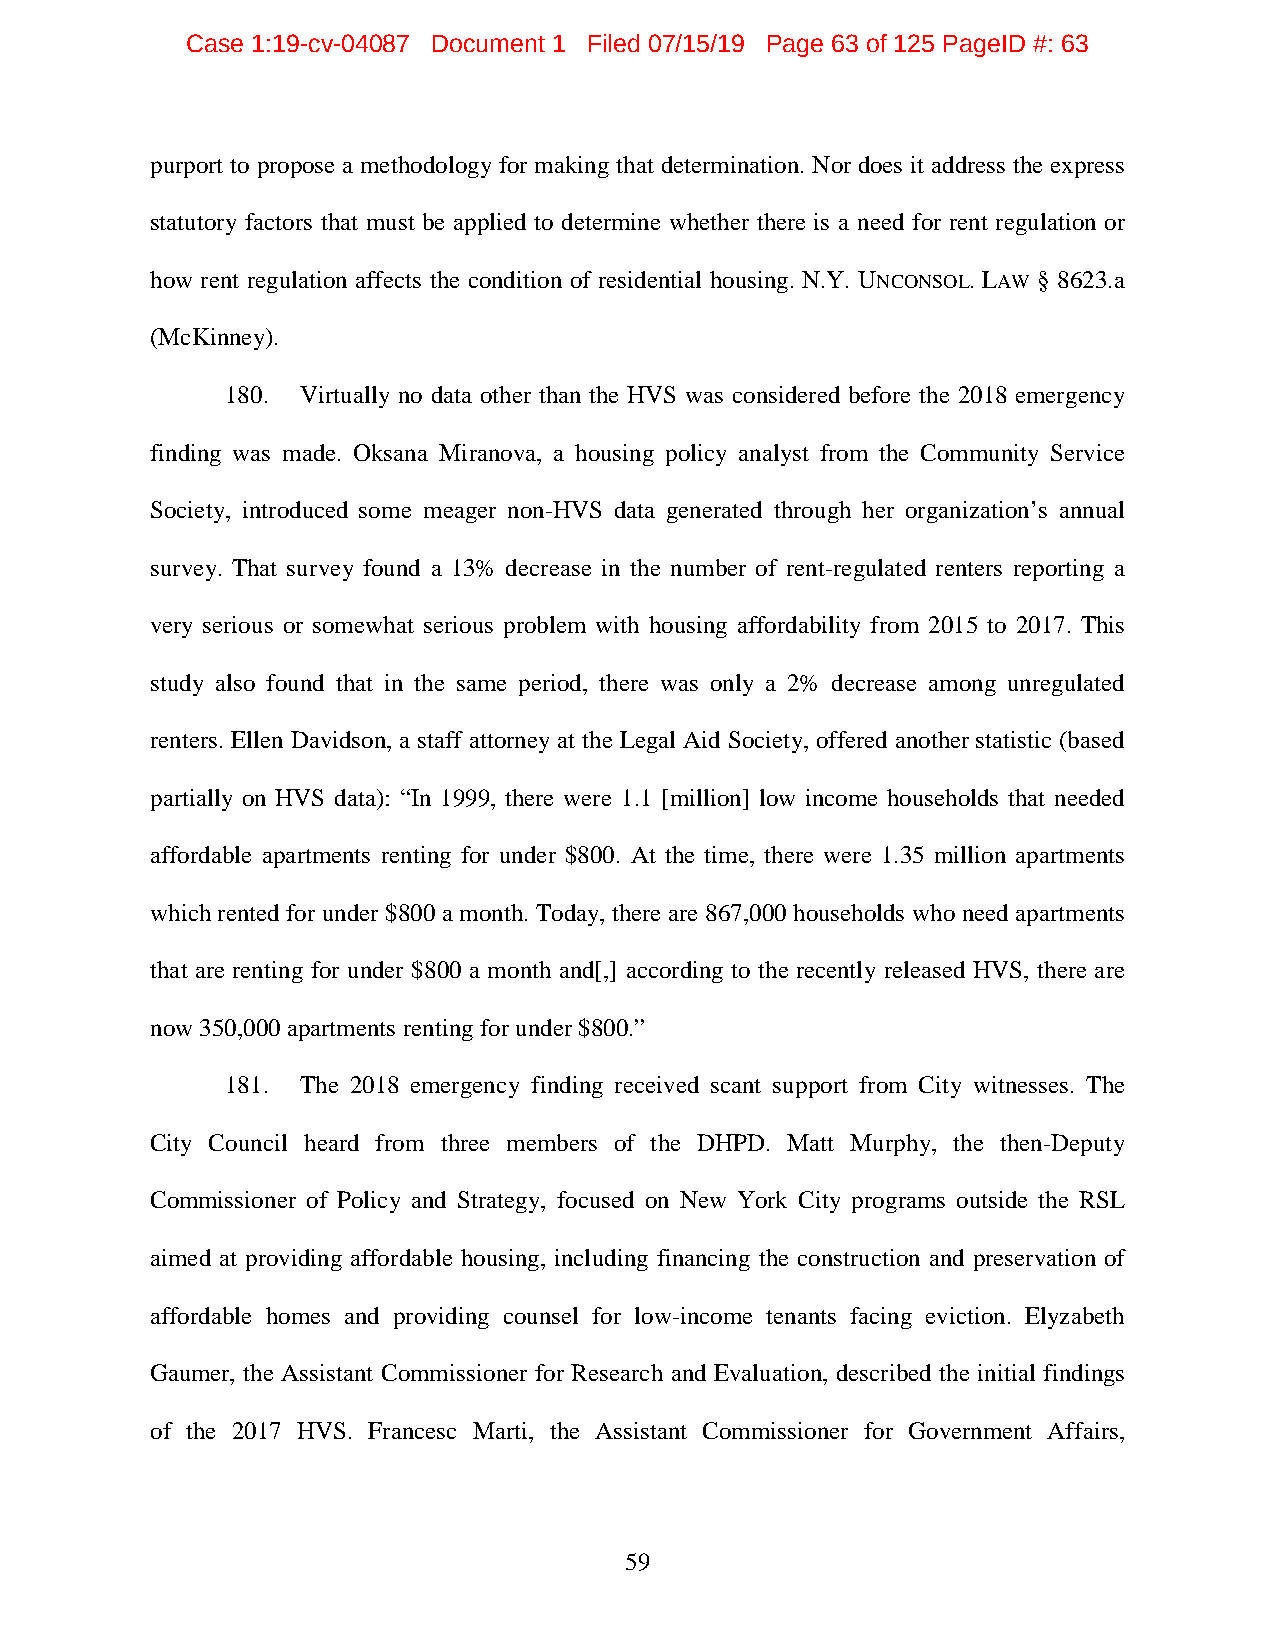
Case 1:19-cv-04087 Document 1 Filed 07/15/19 Page 63 of 125 PageID #: 63
 purport to propose a methodology for making that determination. Nor does it address the express
 statutory factors that must be applied to determine whether there is a need for rent regulation or
 how rent regulation affects the condition of residential housing. N.Y. UNCONSOL. LAW § 8623.a
 (McKinney).
 180. Virtually no data other than the HVS was considered before the 2018 emergency
 finding was made. Oksana Miranova, a housing policy analyst from the Community Service
 Society, introduced some meager non-HVS data generated through her organization’s annual
 survey. That survey found a 13% decrease in the number of rent-regulated renters reporting a
 very serious or somewhat serious problem with housing affordability from 2015 to 2017. This
 study also found that in the same period, there was only a 2% decrease among unregulated
 renters. Ellen Davidson, a staff attorney at the Legal Aid Society, offered another statistic (based
 partially on HVS data): “In 1999, there were 1.1 [million] low income households that needed
 affordable apartments renting for under $800. At the time, there were 1.35 million apartments
 which rented for under $800 a month. Today, there are 867,000 households who need apartments
 that are renting for under $800 a month and[,] according to the recently released HVS, there are
 now 350,000 apartments renting for under $800.”
 181. The 2018 emergency finding received scant support from City witnesses. The
 City Council heard from three members of the DHPD. Matt Murphy, the then-Deputy
 Commissioner of Policy and Strategy, focused on New York City programs outside the RSL
 aimed at providing affordable housing, including financing the construction and preservation of
 affordable homes and providing counsel for low-income tenants facing eviction. Elyzabeth
 Gaumer, the Assistant Commissioner for Research and Evaluation, described the initial findings
 of the 2017 HVS. Francesc Marti, the Assistant Commissioner for Government Affairs,
 59